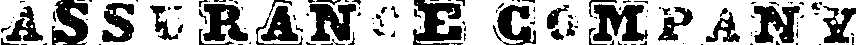
ASSURANCE COMPANY